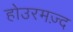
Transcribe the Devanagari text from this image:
होउरमज़्द